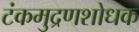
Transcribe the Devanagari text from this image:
टंकमुद्रणशोधक